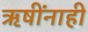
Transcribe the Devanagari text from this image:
ऋषींनाही